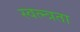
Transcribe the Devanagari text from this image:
स्वत्न्त्रता